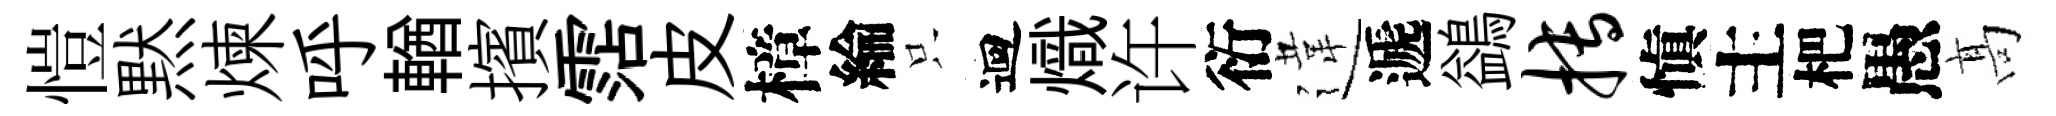
愷黙煉呼輶擯霑皮樟綸只迴熾许衍違遞鷁搏愼主杷愚髙